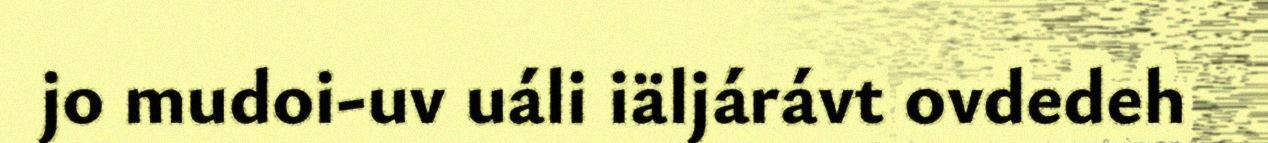
jo mudoi-uv uáli iäljárávt ovdedeh